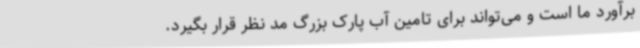
برآورد ما است و می‌تواند برای تامین آب پارک بزرگ مد نظر قرار بگیرد.